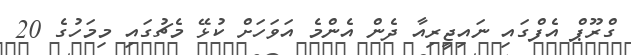
ގްރޫޕް އެފްގައި ނައިޖީރިއާ ދެން އެންމެ އަވަހަށް ކުޅޭ މެޗުގައި މިމަހުގެ 20